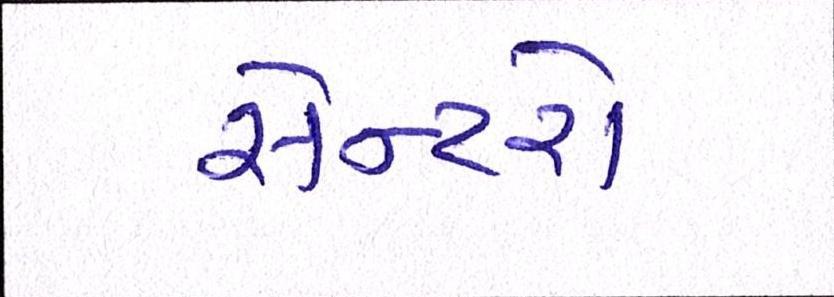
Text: સેન્ટરો